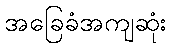
အခြေခံအကျဆုံး